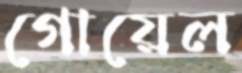
গোয়েল